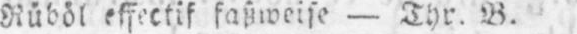
Rüböl effectif faßweise - Thr. B.